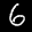
Label: 6